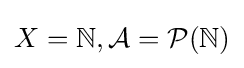
X=\mathbb {N} ,{\mathcal {A}}={\mathcal {P}}(\mathbb {N} )